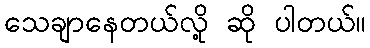
သေချာနေတယ်လို့ ဆို ပါတယ်။